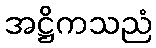
အဋ္ဌိကသညံ